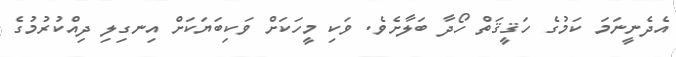
އެދެނީނަމަ ކަމުގެ ހަޤީޤަތް ހޯދާ ބަލާށެވެ. ވަކި މީހަކަށް ވަކިބަޔަކަށް އިނގިލި ދިއްކުރުމުގެ